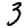
Digit: 3